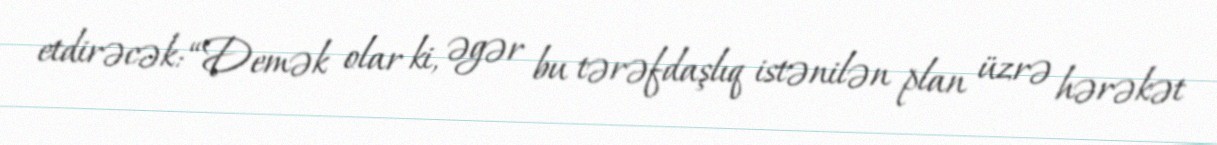
etdirəcək: “Demək olar ki, əgər bu tərəfdaşlıq istənilən plan üzrə hərəkət